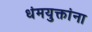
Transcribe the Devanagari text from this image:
धंमयुक्तांना